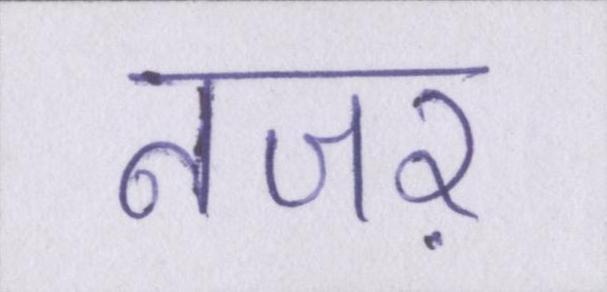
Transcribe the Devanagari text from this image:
नजऱ